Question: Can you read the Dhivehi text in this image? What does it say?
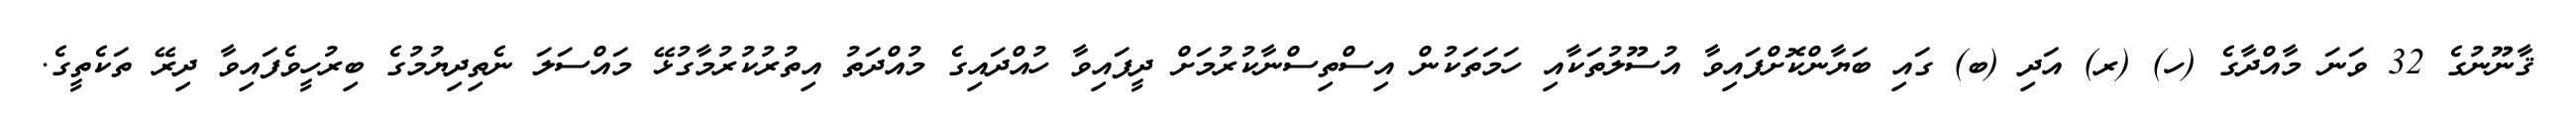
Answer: ޤާނޫނުގެ 32 ވަނަ މާއްދާގެ (ހ) (ރ) އަދި (ބ) ގައި ބަޔާންކޮށްފައިވާ އުސޫލުތަކާއި ހަމަތަކުން އިސްތިސްނާކުރުމަށް ދީފައިވާ ހުއްދައިގެ މުއްދަތު އިތުރުކުރުމާގުޅޭ މައްސަލަ ނެތިދިޔުމުގެ ބިރުހީވެފައިވާ ދިރޭ ތަކެތީގެ.